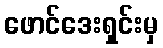
ဖောင်ဒေးရှင်းမှ